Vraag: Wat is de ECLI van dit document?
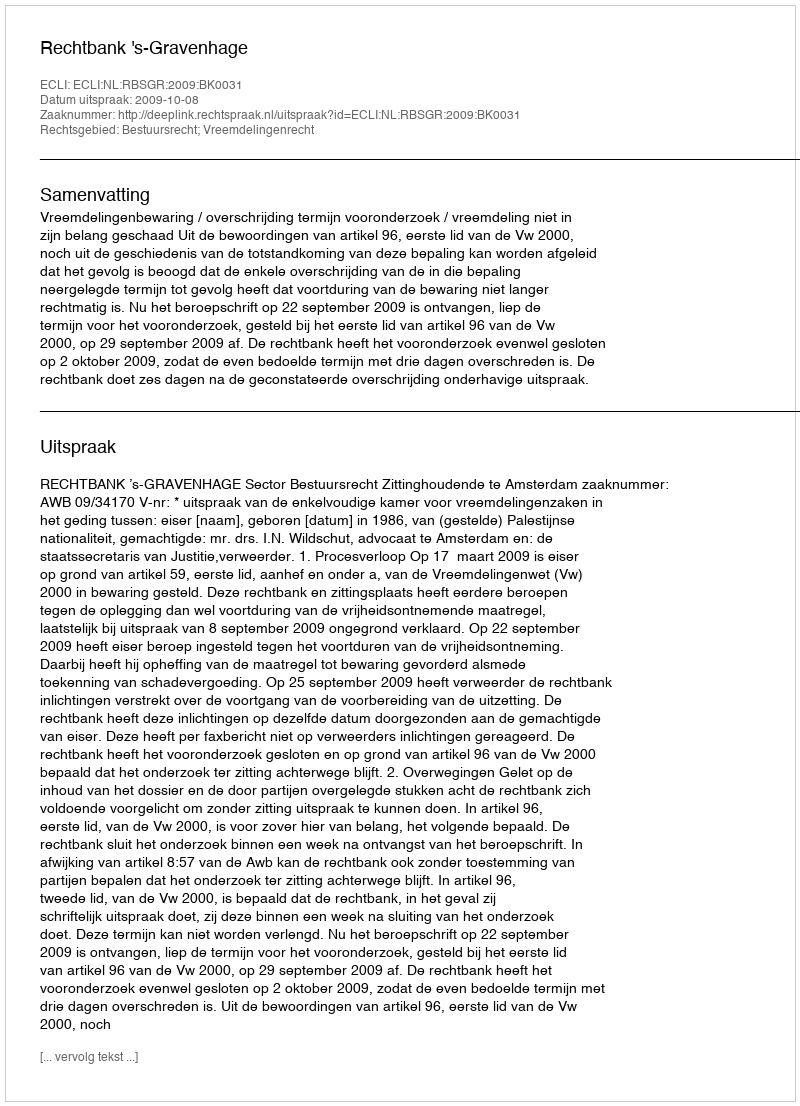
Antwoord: ECLI:NL:RBSGR:2009:BK0031